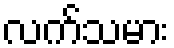
လက်သမား